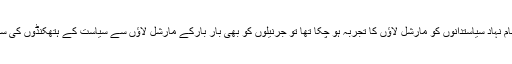
ایک طرف اگرنام نہاد سیاستدانوں کو مارشل لاؤں کا تجربہ ہو چکا تھا تو جرنیلوں کو بھی بار بارکے مارشل لاؤں سے سیاست کے ہتھکنڈوں کی سمجھ آ گئی تھی۔